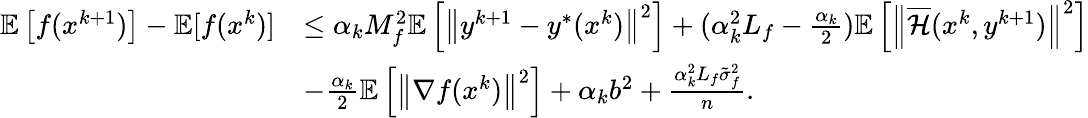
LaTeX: \begin{array}{rl}{\mathbb{E}\left[f(x^{k+1})\right]-\mathbb{E}[f(x^{k})]}&{\leq\alpha_{k}M_{f}^{2}\mathbb{E}\left[\left\| y^{k+1}-y^{*}(x^{k})\right\| ^{2}\right]+(\alpha_{k}^{2}L_{f}-\frac{\alpha_{k}}{2})\mathbb{E}\left[\left\| \overline{{\mathcal{H}}}(x^{k},y^{k+1})\right\| ^{2}\right]}\\ &{-\frac{\alpha_{k}}{2}\mathbb{E}\left[\left\| \nabla f(x^{k})\right\| ^{2}\right]+\alpha_{k}b^{2}+\frac{\alpha_{k}^{2}L_{f}\tilde{\sigma}_{f}^{2}}{n}.}\end{array}